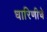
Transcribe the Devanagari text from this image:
धारिणीचे